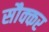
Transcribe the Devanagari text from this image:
सौक्कर